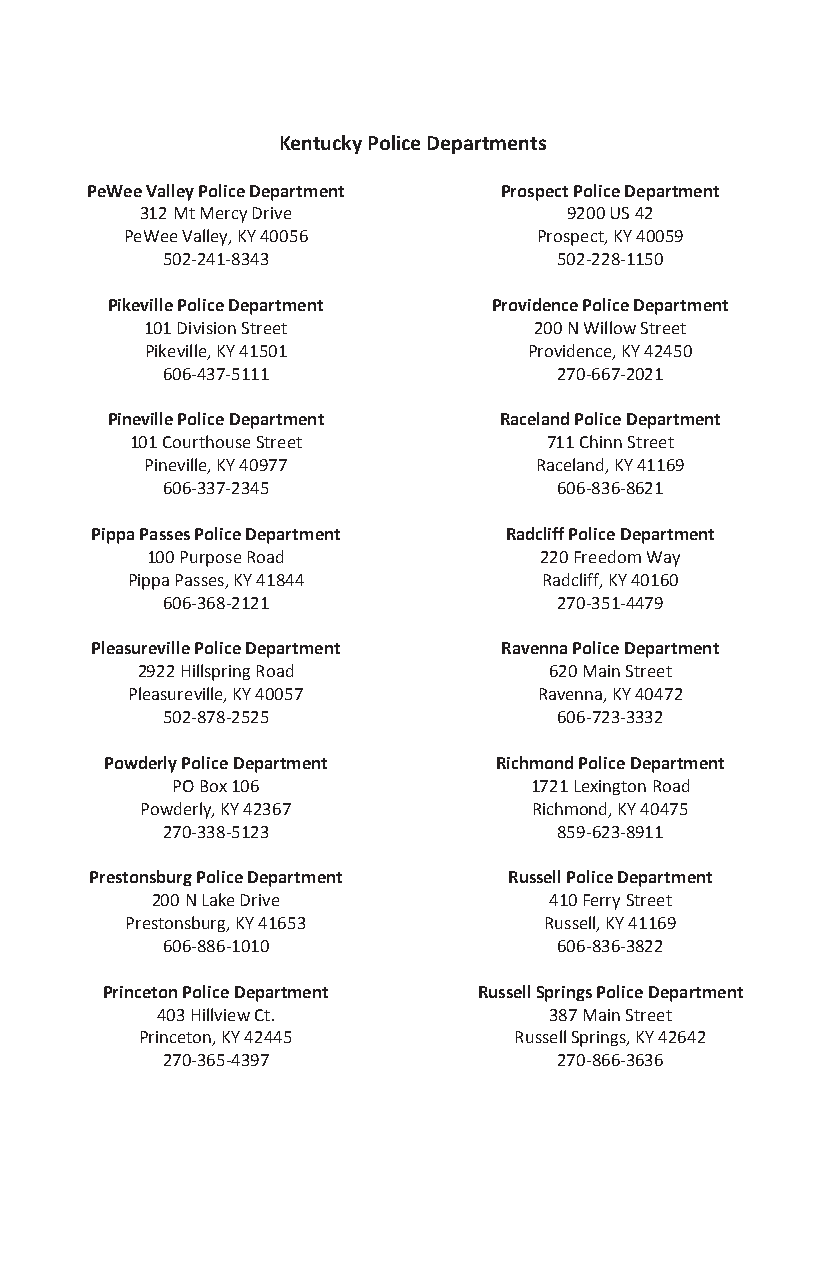
Kentucky Police Departments
 PeWee Valley Police Department Prospect Police Department
 312 Mt Mercy Drive           9200 US 42
 PeWee Valley, KY 40056      Prospect, KY 40059
 502-241-8343              502-228-1150
 Pikeville Police Department Providence Police Department
 101 Division Street      200 N Willow Street
 Pikeville, KY 41501      Providence, KY 42450
 606-437-5111              270-667-2021
 Pineville Police Department Raceland Police Department
 101 Courthouse Street      711 Chinn Street
 Pineville, KY 40977      Raceland, KY 41169
 606-337-2345              606-836-8621
 Pippa Passes Police Department Radcliff Police Department
 100 Purpose Road          220 Freedom Way
 Pippa Passes, KY 41844      Radcliff, KY 40160
 606-368-2121              270-351-4479
 Pleasureville Police Department Ravenna Police Department
 2922 Hillspring Road       620 Main Street
 Pleasureville, KY 40057     Ravenna, KY 40472
 502-878-2525              606-723-3332
 Powderly Police Department Richmond Police Department
 PO Box 106              1721 Lexington Road
 Powderly, KY 42367        Richmond, KY 40475
 270-338-5123              859-623-8911
 Prestonsburg Police Department Russell Police Department
 200 N Lake Drive          410 Ferry Street
 Prestonsburg, KY 41653      Russell, KY 41169
 606-886-1010              606-836-3822
 Princeton Police Department Russell Springs Police Department
 403 Hillview Ct.          387 Main Street
 Princeton, KY 42445      Russell Springs, KY 42642
 270-365-4397              270-866-3636